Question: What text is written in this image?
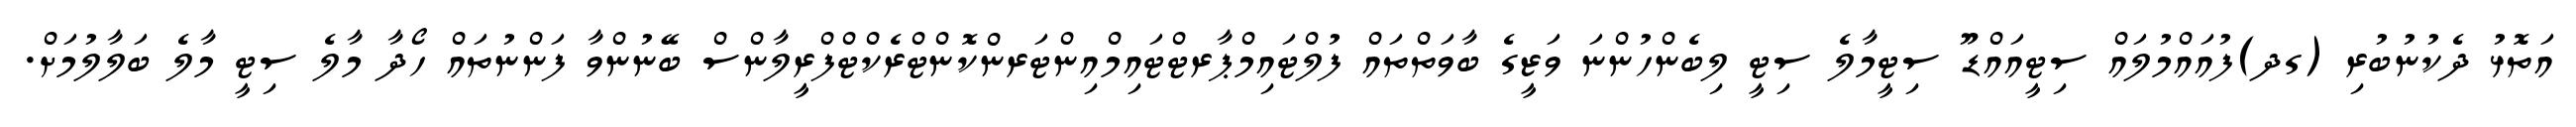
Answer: އަތޮޅު ދެކުނުބުރި (ގދ)ފުއައްމުލައް ސިޓީއައްޑޫ ސިޓީމާލެ ސިޓީ ލިބެންހުންނަ ވަޒީގެ ބާވަތްތައް ފުލްޓައިމްޕާރޓްޓައިމްއިންޓަރންކޮންޓްރެކްޓްފްރީލާންސް ބޭނުންވާ ފަންނުތައް ހޯދާ މާލެ ސިޓީ މާލެ ބަލާލުމަށް.